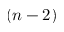
( n - 2 )